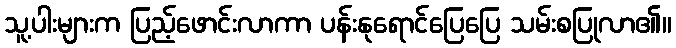
သူ့ပါးများက ပြည့်ဖောင်းလာကာ ပန်းနုရောင်ပြေပြေ သမ်းစပြုလာ၏။